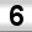
Digit: 6